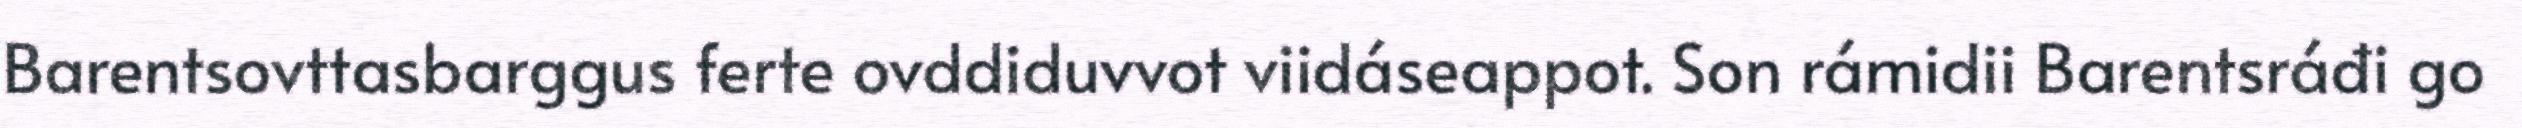
Barentsovttasbarggus ferte ovddiduvvot viidáseappot. Son rámidii Barentsráđi go